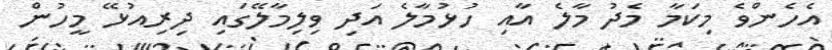
އެހެންވެ މިކަމާ މެދު މާލެ އާއި ހުޅުމާލެ އަދި ވިލިމާލޭގައި ދިރިއުޅޭ މީހުން